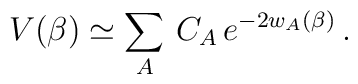
V (\beta) \simeq \sum_A \, C_A \, e^{ - 2 w_A (\beta)} \, .